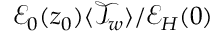
\mathcal { E } _ { 0 } ( z _ { 0 } ) \langle \mathcal { T } _ { w } \rangle / \mathcal { E } _ { H } ( 0 )